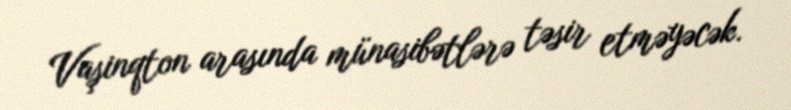
Vaşinqton arasında münasibətlərə təsir etməyəcək.